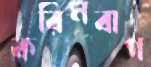
করিমবাগ